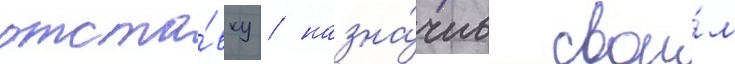
отста́вку / назна́чив свои́м